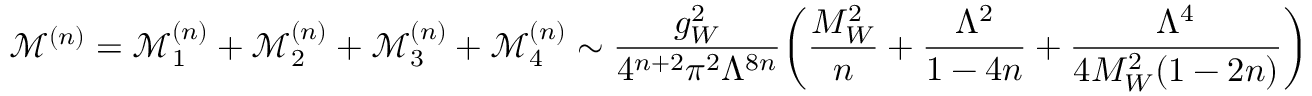
\mathcal { M } ^ { ( n ) } = \mathcal { M } _ { 1 } ^ { ( n ) } + \mathcal { M } _ { 2 } ^ { ( n ) } + \mathcal { M } _ { 3 } ^ { ( n ) } + \mathcal { M } _ { 4 } ^ { ( n ) } \sim \frac { g _ { W } ^ { 2 } } { 4 ^ { n + 2 } \pi ^ { 2 } \Lambda ^ { 8 n } } \bigg ( \frac { M _ { W } ^ { 2 } } { n } + \frac { \Lambda ^ { 2 } } { 1 - 4 n } + \frac { \Lambda ^ { 4 } } { 4 M _ { W } ^ { 2 } ( 1 - 2 n ) } \bigg )